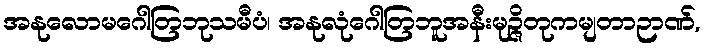
အနုလောမဂေါတြဘုသမီပံ၊ အနုလုံဂေါတြဘူအနီးမုဉ္ဇိတုကမျတာဉာဏ်,